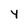
Character: 4